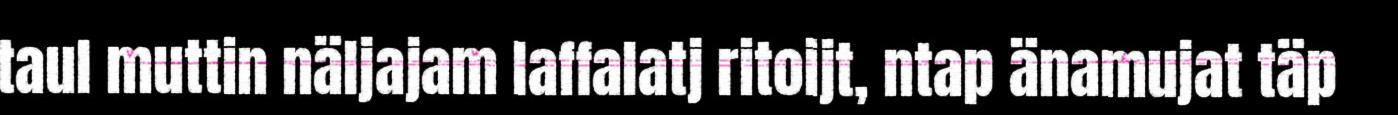
taul muttin näljajam laffalatj ritoijt, ntap änamujat täp